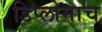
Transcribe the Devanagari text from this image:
डिप्लोमाच